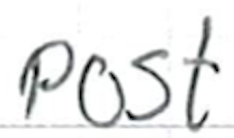
Text: post
Cross-out: clean
Writing tool: ballpoint